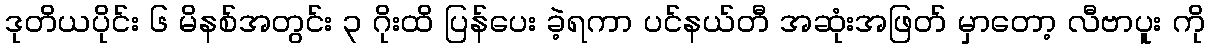
ဒုတိယပိုင်း ၆ မိနစ်အတွင်း ၃ ဂိုးထိ ပြန်ပေး ခဲ့ရကာ ပင်နယ်တီ အဆုံးအဖြတ် မှာတော့ လီဗာပူး ကို